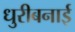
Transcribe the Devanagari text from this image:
धुरीबनाई